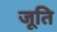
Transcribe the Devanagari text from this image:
जूति